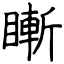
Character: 䁪